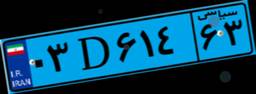
۰۳D۶۱۴۶۳